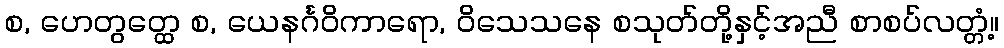
စ, ဟေတွတ္ထေ စ, ယေနင်္ဂဝိကာရော, ဝိသေသနေ စသုတ်တို့နှင့်အညီ စာစပ်လတ္တံ့။